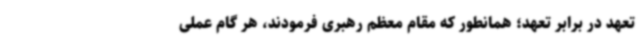
تعهد در برابر تعهد؛ همانطور که مقام معظم رهبری فرمودند، هر گام عملی